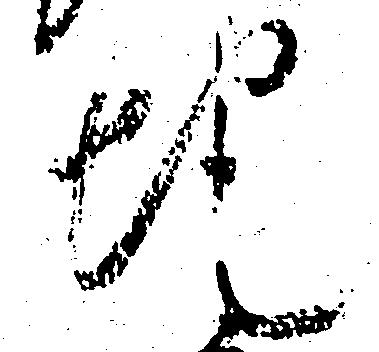
地